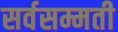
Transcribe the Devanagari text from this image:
सर्वसम्मती